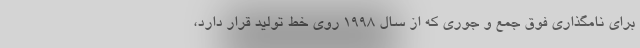
برای نامگذاری فوق جمع و جوری که از سال 1998 روی خط تولید قرار دارد،